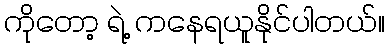
ကိုတော့ ရဲ့ ကနေရယူနိုင်ပါတယ်။